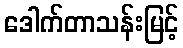
ဒေါက်တာသန်းမြင့်